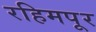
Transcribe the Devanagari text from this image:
रहिमपूर